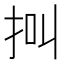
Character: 𢫃